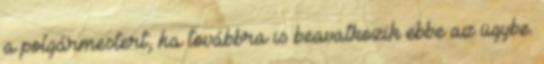
a polgármestert, ha továbbra is beavatkozik ebbe az ügybe.